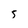
Character: 5